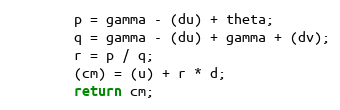
Language: Java
        p = gamma - (du) + theta;
        q = gamma - (du) + gamma + (dv);
        r = p / q;
        (cm) = (u) + r * d;
        return cm;